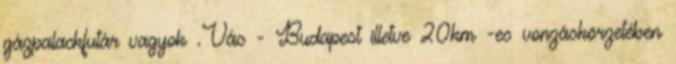
gázpalackfutár vagyok .Vác - Budapest illetve 20km -es vonzáskörzetében